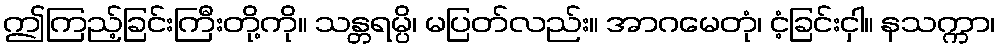
ဤကြည့်ခြင်းကြီးတို့ကို။ သန္တရမ္ပိ၊ မပြတ်လည်း။ အာဂမေတုံ၊ ငံ့ခြင်းငှါ။ နသက္ကာ၊